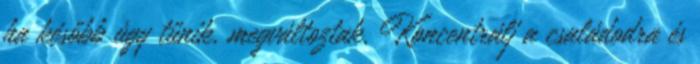
ha később úgy tűnik, megváltoztak. Koncentrálj a családodra és